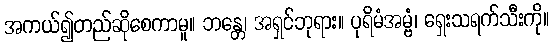
အကယ်၍တည်ဆိုစေကာမူ။ ဘန္တေ၊ အရှင်ဘုရား။ ပုရိမံအမ္ဗံ၊ ရှေးသရက်သီးကို။